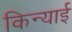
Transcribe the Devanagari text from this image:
किन्याई